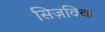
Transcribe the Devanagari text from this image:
सिज़विक